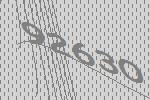
92630